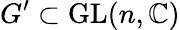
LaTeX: G^{\prime}\subset\operatorname{GL}(n,\mathbb{C})